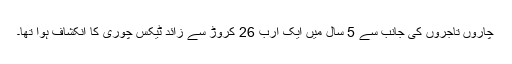
چاروں تاجروں کی جانب سے 5 سال میں ایک ارب 26 کروڑ سے زائد ٹیکس چوری کا انکشاف ہوا تھا۔